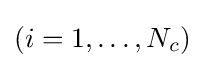
(i=1,\ldots ,N_{c})